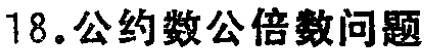
18. 公约数公倍数问题